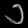
Digit: ၁